Calcutta medical institutions reports 1892-1900
Year: 1892
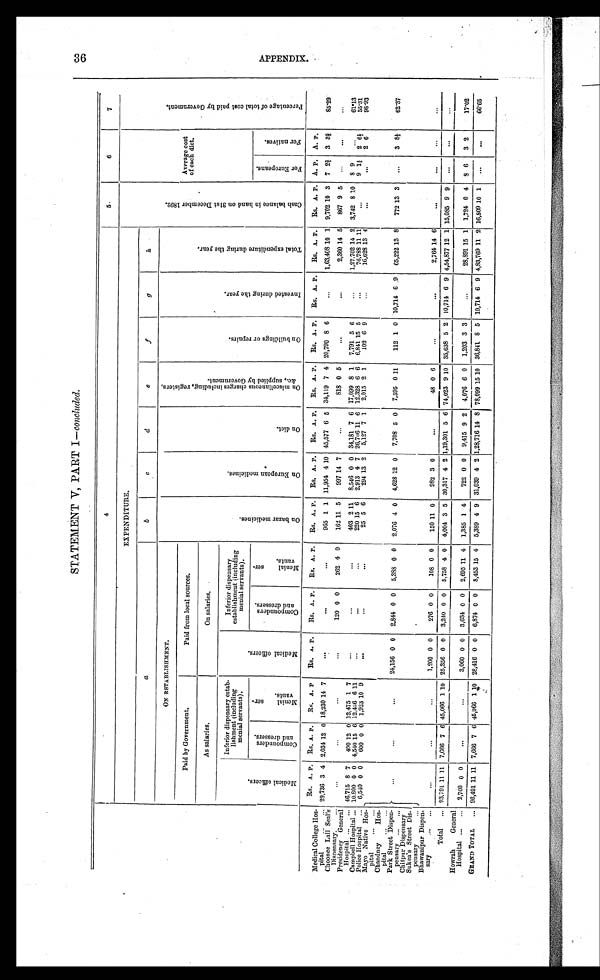
STATEMENT V, PART I—concluded.
4
5
6
7
EXPENDITURE.
C a s h b a l a n c e i n h a n d o n 3 1 s t D e c e m b e r 1 8 9 2 .
Average cost
of each diet.
P e r c e n t a g e o f t o t a l c o s t p a i d b y G o v e r n m e n t .
a
b
c
d
e
f
g
h
ON ESTABLISHMENT.
O n b a z a r m e d i c i n e s .
O n E u r o p e a n m e d i c i n e s .
O n d i e t .
O n m i s c e l l a n e o u s c h a r g e s i n c l u d i n g , r e g i s t e r s , & c . , s u p p l i e d b y G o v e r n m e n t .
O n b u i l d i n g o r r e p a i r s .
I n v e s t e d d u r i n g t h e y e a r .
T o t a l E x p e n d i t u r e d u r i n g t h e y e a r .
Paid by Government.
Paid from local sources.
A s s a l a r i e s .
On salaries.
M e d i c a l o f f i c e r s .
Inferior dispensary estab
-lishment (including
menial servants).
M e d i c a l o f f i c e r s .
Inferior dispensary
establishment (including
menial servants).
C o m p o u n d e r s a n d d r e s s e r s .
M e n i a l s e r - v a n t s .
C o m p o u n d e r s a n d d r e s s e r s .
M e n i a l s e r - v a n t s .
F o r E u r o p e a n s .
F o r n a t i v e s .
Rs. A. P. Rs. A. P . Rs. A. P. Rs. A. P . , Rs. A. P. Rs. A. P. Rs. A. P. Rs. A. P. Rs. A. P. Rs. A. P. Rs. A. P. Rs. A. P. Rs. A. P . RS. A. P. A. P. A. P.
Medical College Hos-
pital
29,736 3 4 2,034 12 0 18,230 14 7
965 1 1 11,954 4 10 45,577 6 5 34,119 7 4 20,790 8 6
1,63,408 10 1 9,702 10 3 7 2¾ 3 35/6
8 5 . 2 9
Choonee Lall Seal's
Dispensary.
120 0 0 262 4 0 162 11 5 997 14 7
818 0 5
2,360 14 5 867 9 5
Presidency General
Hospital
46,715 8 7 490 12 0 12,475 1 7
403 2 1 1 8,546 0 0 34,181 7 6 17,099 8 1 7,791 5 6
1,27.702 14 2 3,742 8 1 0 8 9
61.13
Campbell Hospital 10,800 0 0 4,540 15 6 12,436 6 11
220 15 6 2,913 4 7 26,706 11 6 12.328 6 6 6,841 15 5
76,788 11 11
9 14/ 5 2 61/ 2
55.31
Police Hospital
6,540 0 0 600 0 0 1,923 10 9
25 5 6 294 13 2 5,127 7 1 2,015 2 1 102 6 9
16,628 13 4
2 6
98.93
Mayo Native Hos-
pital
24,156 0 0 2,844 0 0 5,388 0 0 2,076 4 0 4,628 12 0 7,708 5 0 7,595 0 11 112 1 0 10,714 6 9 65,222 13 8 772 13 3
3 81/ 5
62.37
Chandney Hos-
pital
Park Street Dispen-
pensary
Chitpur Dispensary
Sukea's Street Dis-
pensary
Bhawanipur Dispen-
sary
1,200 0 0 276 0 0 108 0 0 150 11 0 982 3 0
48 0 6
2,764 14 6
Total
9 3 , 7 9 1 11 11
7 , 6 6 6 7 6 45,066
1 1 0 25,356 0 0 3,240 0 0 5,758 4 0 4,004
3 5 30,317
4 2 1,19,301 5 6 74,023 910 35,638 5 2 10,714 6 9 4,54,877 12 1 15,085 9 9
Howrah General
Hospital
2,700 0 0
3,060 0 0 3,634 0 0 2,695 11 4 1,385 1 4 722 0 0 9,415 9 2 4,076 6 0 1,203 3 3
28,891 15 1 1,724 0 4 8 6 3 2
17.02
GRAND TOTAL
96,491 11 11 7,666 7 6 45,066 1 10 28,416 0 0 6,874 0
0 8,453 15 4 5,389
4 9 31,039 4 2 1,28,716 14 8 78,099 15 10 36,841 8 5 10,714 6 9 4,83,769 11 2 16,809 10 1
66.65
AP P E NDI X